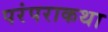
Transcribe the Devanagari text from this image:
परंपराकथा